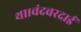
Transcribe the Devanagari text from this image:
था।चंदवरदाई